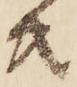
共